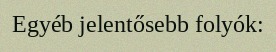
Egyéb jelentősebb folyók: